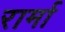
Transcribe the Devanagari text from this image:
रार्मा